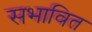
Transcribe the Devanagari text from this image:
सभावित